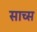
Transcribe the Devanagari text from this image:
साच्स